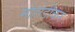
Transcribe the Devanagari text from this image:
मोहोडीकर